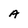
Character: A